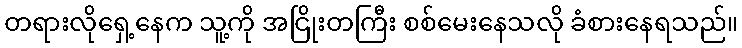
တရားလိုရှေ့နေက သူ့ကို အငြိုးတကြီး စစ်မေးနေသလို ခံစားနေရသည်။